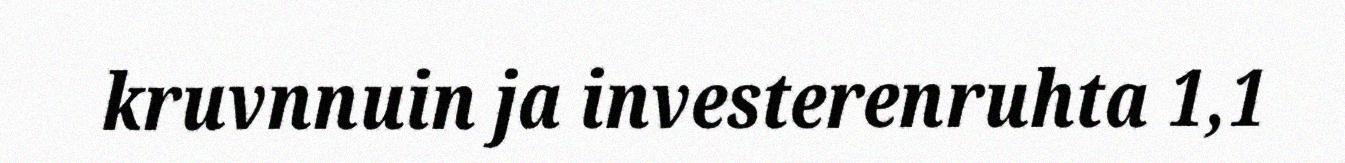
kruvnnuin ja investerenruhta 1,1